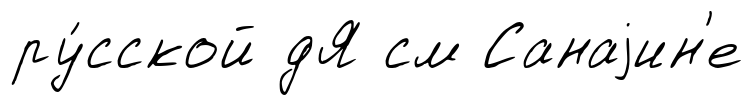
ру́сской дЯ см Санаjин'е